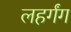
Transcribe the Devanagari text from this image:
लहर्गंग